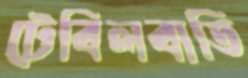
টেবিলবাতি